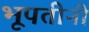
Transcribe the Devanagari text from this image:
भूपतीनी